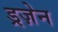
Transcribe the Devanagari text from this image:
ड्रज़ेन